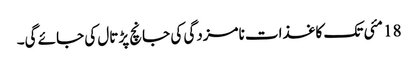
18 مئی تک کاغذات نامزدگی کی جانچ پڑتال کی جائے گی۔